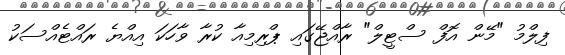
ފިލްމު "މޭން އޮފް ސްޓީލް" ރާއްޖޭގައި ޕްރިމިއާ ކުރާ ވާހަކަ އިއްޔެ ރައްޓެއްސަކު